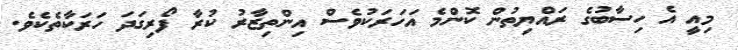
މިއީ އެ ހިސާބުގެ ރައްޔިތުން ކޮންމެ އަހަރަކުވެސް އިންތިޒާރު ކުރާ ފޯރިގަދަ ހަރަކާތެކެވެ.